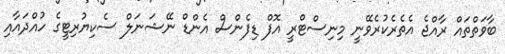
ބާވަތްތައް ރާއްޖެ އެތެރެކުރެވޭނީ މިނިސްޓްރީ އޮފް ޑިފެންސް އެންޑް ނޭޝަނަލް ސެކިޔުރިޓީގެ ހުއްދައާއި